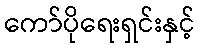
ကော်ပိုရေးရှင်းနှင့်